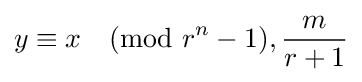
y\equiv x{\pmod {r^{n}-1}},{\frac {m}{r+1}}